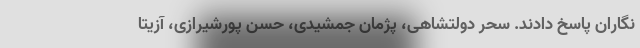
نگاران پاسخ دادند. سحر دولتشاهی، پژمان جمشیدی، حسن پورشیرازی، آزیتا